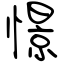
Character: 憬